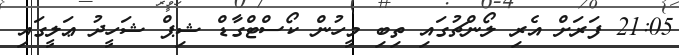
21:05 ފަރަށް އެރި ލޯންޗުގައި ތިބި މީހުން ކޯސްްޓްގާޑް ޝިޕް ޝަހީދު ޢަލީގައި